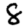
Digit: 8